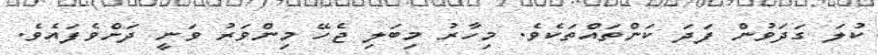
ކުލަ ގަދަވުން ފަދަ ކަންތައްތަކެވެ. މިހާރު މިބަލި ޖެހޭ މިންވަރު ވަނީ ދަށްވެފައެވެ.